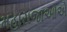
મહારાજાઓએ